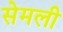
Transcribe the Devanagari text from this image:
सेमली